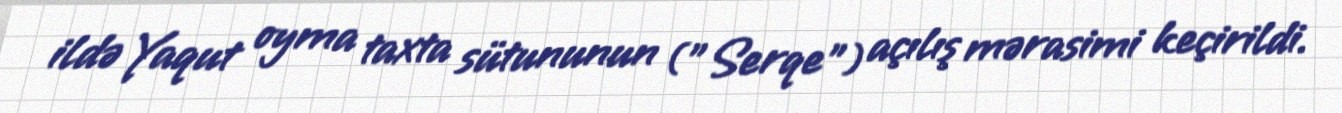
ildə Yaqut oyma taxta sütununun ("Serqe") açılış mərasimi keçirildi.